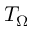
T _ { \Omega }